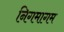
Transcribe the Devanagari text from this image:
निगमागम